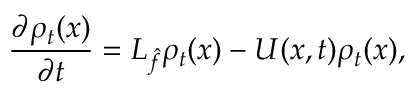
\frac { \partial \rho _ { t } ( x ) } { \partial t } = { \cal { L } } _ { \hat { f } } \rho _ { t } ( x ) - U ( x , t ) \rho _ { t } ( x ) ,